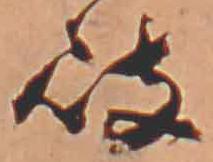
岐